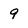
Character: 9